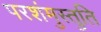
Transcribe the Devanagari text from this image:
परशंमुस्तुति